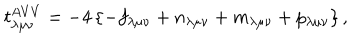
t _ { \lambda \mu \nu } ^ { A V V } = - 4 \left\{ - f _ { \lambda \mu \nu } + n _ { \lambda \mu \nu } + m _ { \lambda \mu \nu } + p _ { \lambda \mu \nu } \right\} ,